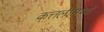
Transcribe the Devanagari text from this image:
कत्तलींमध्ये